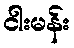
ငါးမန်း